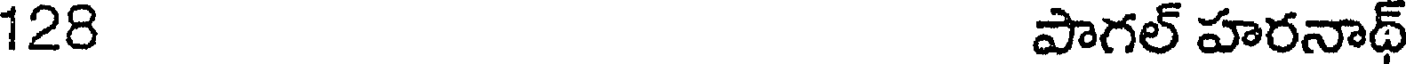
128 పాగల్ హరనాథ్